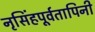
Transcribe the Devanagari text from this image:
नृसिंहपूर्वतापिनी